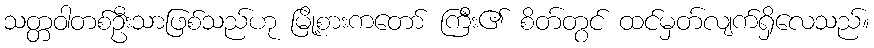
သတ္တဝါတစ်ဦးသာဖြစ်သည်ဟု မြို့စားကတော် ကြီး၏ စိတ်တွင် ထင်မှတ်လျက်ရှိလေသည်။